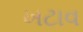
ખટાવ